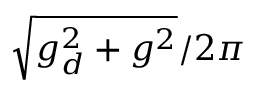
\sqrt { g _ { d } ^ { 2 } + g ^ { 2 } } / 2 \pi